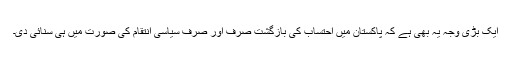
ایک بڑی وجہ یہ بھی ہے کہ پاکستان میں احتساب کی بازگشت صرف اور صرف سیاسی انتقام کی صورت میں ہی سنائی دی۔